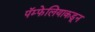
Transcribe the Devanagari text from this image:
पॅम्फेलियाकडून